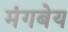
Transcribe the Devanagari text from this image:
मंगबेय